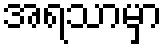
အရသာမှာ